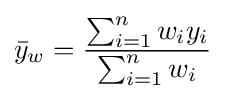
{\bar {y}}_{w}={\frac {\sum _{i=1}^{n}w_{i}y_{i}}{\sum _{i=1}^{n}w_{i}}}